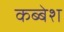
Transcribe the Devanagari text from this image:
कब्बेश